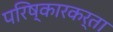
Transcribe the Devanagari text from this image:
परिष्कारकर्ता